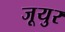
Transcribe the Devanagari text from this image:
जूयुर